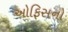
ઓફિસનો